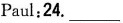
Paul:24. ___